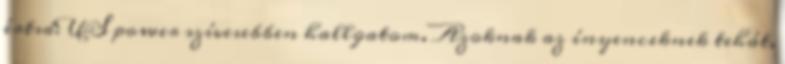
értsd: US power szívesebben hallgatom. Azoknak az ínyenceknek tehát,